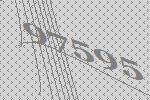
97595